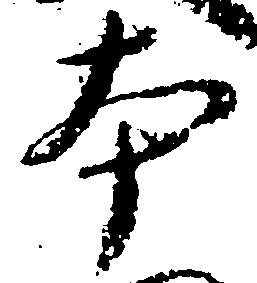
本